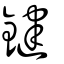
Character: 鑳